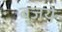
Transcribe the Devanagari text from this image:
बजये